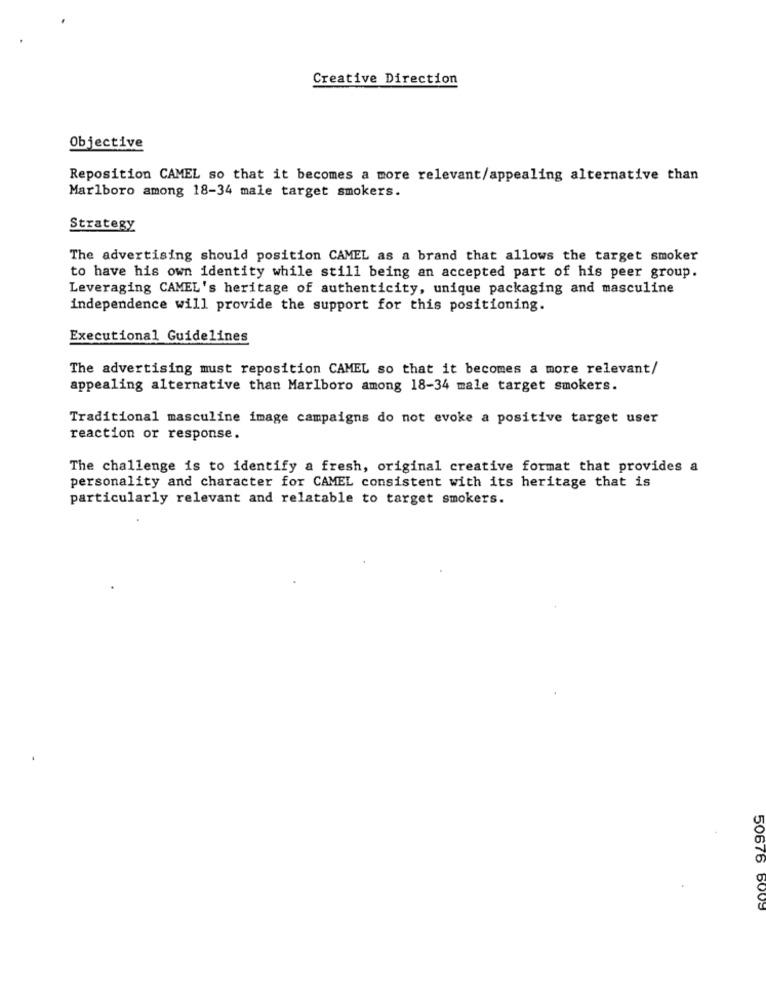
Creative Direction
Objective
Reposition CAMEL so that it becomes a more relevant/appealing alternative than
Marlboro among 18-34 male target smokers.
Strategy
The advertising should position CAMEL as a brand that allows the target smoker
to have his own identity while still being an accepted part of his peer group.
Leveraging CAMEL's heritage of authenticity, unique packaging and masculine
independence will provide the support for this positioning.
Executional Guidelines
The advertising must reposition CAMEL so that it becomes a more relevant/
appealing alternative than Marlboro among 18-34 male target smokers.
Traditional masculine image campaigns do not evoke a positive target user
reaction or response.
The challenge is to identify a fresh, original creative format that provides a
personality and character for CAMEL consistent with its heritage that is
particularly relevant and relatable to target smokers.
50676 6009